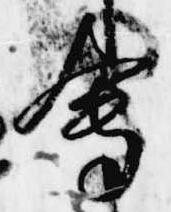
会